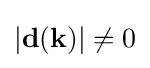
|\mathbf {d} (\mathbf {k} )|\neq 0